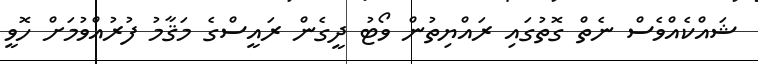
ޝައްކެއްވެސް ނެތް ގޮތުގައި ރައްޔިތުން ވޯޓު ދީގެން ރައީސްގެ މަޤާމު ފުރުއްވުމަށް ހޮވީ